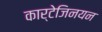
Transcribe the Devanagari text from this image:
कार्टेजिनयन